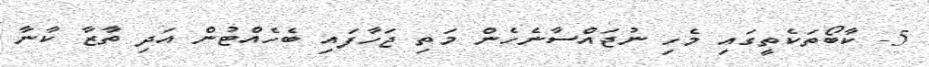
5- ކާބޯތަކެތީގައި މެހި ނުޖައްސާނެހެން މަތި ޖަހާފައި ބެހެއްޓުން އަދި ތާޒާ ކާނާ